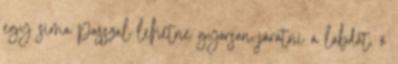
egy sima passzal lehetne gyorsan járatni a labdát, ő